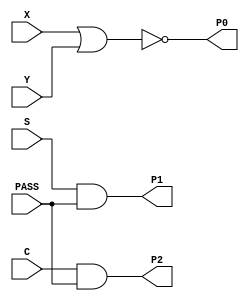
module PP24(X, Y, S, C, PASS, P0, P1, P2);
input   X;
input   Y;
input   S;
input   C;
input   PASS;
output  P0;
output  P1;
output  P2;
nor g0(P0, X, Y);
and g1(P1, S, PASS);
and g2(P2, C, PASS);
endmodule